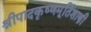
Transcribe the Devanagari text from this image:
श्रीपादकृष्णमूर्तिशास्त्री